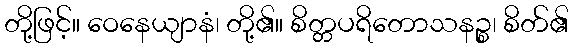
တို့ဖြင့်။ ဝေနေယျာနံ၊ တို့၏။ စိတ္တပရိတောသနဉ္စ၊ စိတ်၏